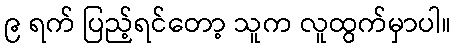
၉ ရက် ပြည့်ရင်တော့ သူက လူထွက်မှာပါ။